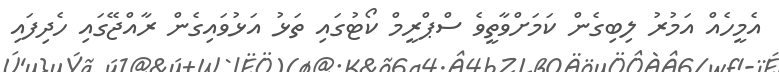
އެމީހެއް އަމުރު ލިބިގެން ކަމަށްވާތީވެ ސްޕްރީމް ކޯޓުގައި ތަޅު އަޅުވައިގެން ރާއްޖޭގައި ހެދިފައި